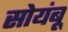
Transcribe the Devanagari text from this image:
सोयंबू